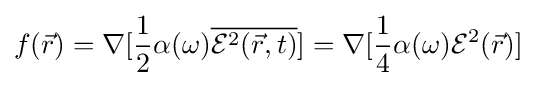
f({\vec {r}})=\nabla [{\frac {1}{2}}\alpha (\omega ){\overline {{\mathcal {E}}^{2}({\vec {r}},t)}}]=\nabla [{\frac {1}{4}}\alpha (\omega ){\mathcal {E}}^{2}({\vec {r}})]